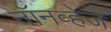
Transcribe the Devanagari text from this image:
नॉनव्हेज